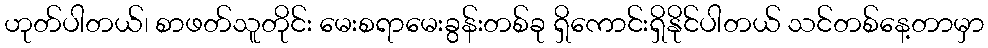
ဟုတ်ပါတယ်၊ စာဖတ်သူတိုင်း မေးစရာမေးခွန်းတစ်ခု ရှိကောင်းရှိနိုင်ပါတယ် သင်တစ်နေ့တာမှာ